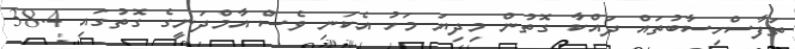
ތަފާސްހިސާބުތައް ދައްކާ ގޮތުން މިދިޔަ މަހު އެކަނި ވެސް އާމްދަނީގެ ގޮތުގައި 38.4